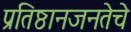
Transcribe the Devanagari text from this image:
प्रतिष्ठानजनतेचे